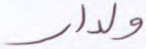
ولدار